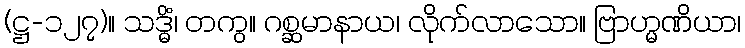
(ဋ္ဌ-၁၂၇)။ သဒ္ဓိံ၊ တကွ။ ဂစ္ဆမာနာယ၊ လိုက်လာသော။ ဗြာဟ္မဏိယာ၊